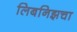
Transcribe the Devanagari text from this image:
लिबनिझचा